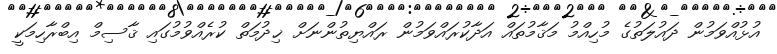
އުޅުއްވަމުން ދައުލަތުގެ މުހިއްމު މަޤާމުތައް އަދާކުރައްވަމުން ރައްޔިތުންނަށް ޚިދުމަތް ކުރެއްވުމުގައި ޤާސިމް އިބްރާހިމަކީ